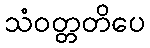
သံဝတ္တတိပေ